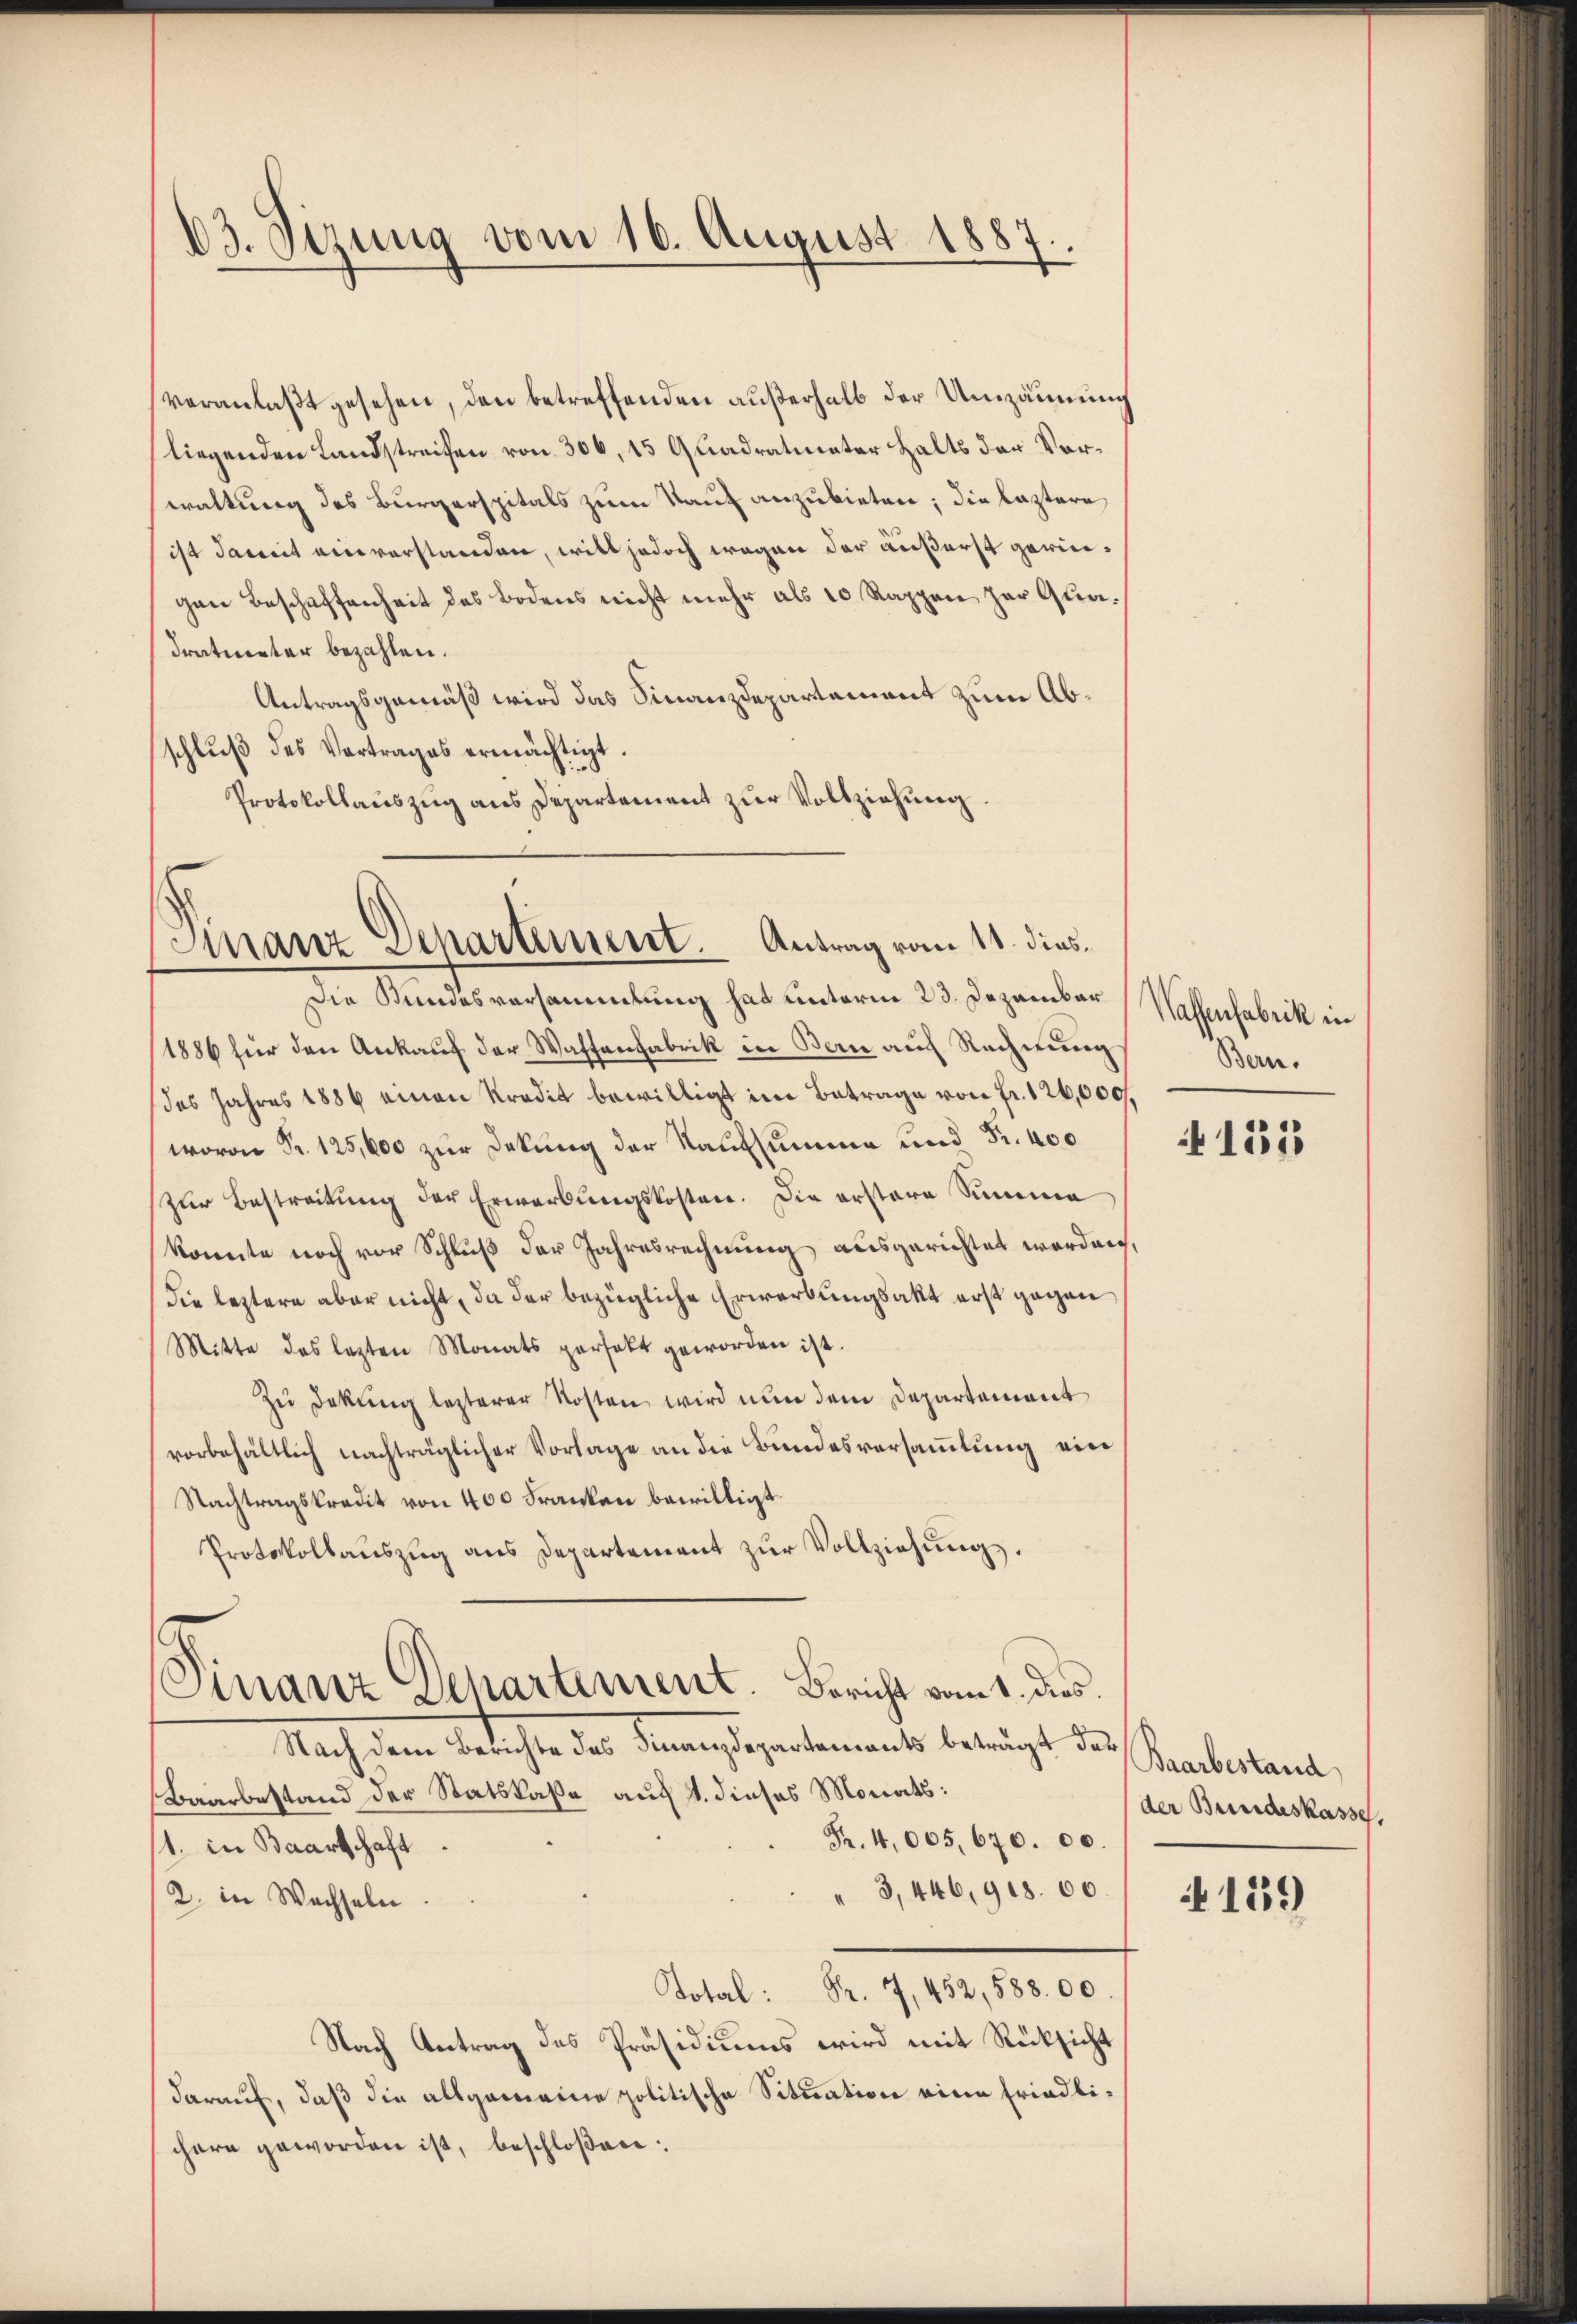
83. Sizung vom 16. August 1887.

veranlaßt gesehen, den betreffenden außerhalb der Umzäunung
liegenden Landstreifen von 306, 15 Quadratmeter Halts der Vorwaltung des Burgerspitals zum Kauf anzubieten; die leztere
ist damit einverstanden, will jedoch wegen der äußerst geringen Beschaffenheit des Bodens nicht mehr als 10 Rappen zur Quadratmeter bezahlen.
Antragsgemäß wird das Finanzdepartement zum Abschlŭβ des Vertrages ermächtigt.
Protokollauszug aus Departement zur Vollziehung.

Finanz Departement. Antrag vom 11. dies

Die Kundesversammlung hat unterm 23. Dezember
1886 für den Ankauf der Waffenfabrik in Bern auf Rechnung
das Jahres 1886 einen Kredit bewilligt im Betrage von fr. 126,000.
wovon Fr. 125,000 zur Dekung der Kaufsumme und Fr. 400
zur Bestreitung der Erwerbungskosten. Die erstere Summe
konnte noch vor Schluß der Jahresrechnung ausgerichtet worden,
die leztere aber nicht, da der bezügliche Erwerbungsakt erst gegen
Mitte des lezten Monats perfekt geworden ist.
Zu Deckung letzterer Kosten wird nun dem Departement
vorbehältlich nachträglicher Vorlage an die Bundesversammlung ein
Nachtragskredit von 400 Franken bewilligt.
Protokollauszug aus Departement zur Vollziehung.
Finanz Departement. Bericht vom 1. dies
Nach dem Berichte des Sinnendepartements beträgt des Praeberstand,
Baarbestand der Statskaßa auf 1. dieses Monats:
Fr. 4,005,670. 00.
11. in Baartschaft
3,446,918. 60.
2. in Wechseln.
Total: Fr. 7, 452, 588. 00.
Nach Antrag des Präsidiums wird mit Rücksicht
darauf, daß die allgemeine politische Situation eine friedlichere geworden ist, beschloßen:

Wassenfabrik in
Bern.

155

der Bundeskasse,

159)